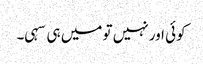
کوئی اور نہیں تو میں ہی سہی۔